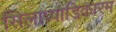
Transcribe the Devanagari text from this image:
सिलाप्पाडिकारम